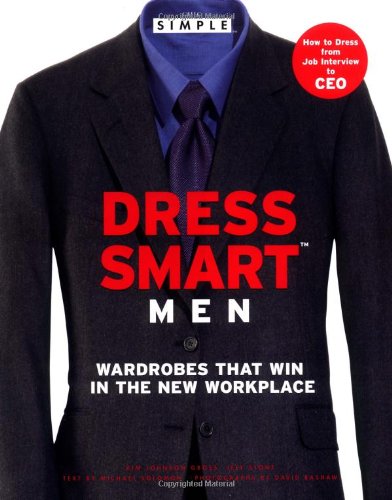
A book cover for Chic Simple Dress Smart Men: Wardrobes That Win in the New Workplace; Kim Johnson Gross; Health, Fitness & Dieting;